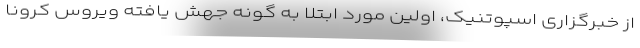
از خبرگزاری اسپوتنیک، اولین مورد ابتلا به گونه جهش یافته ویروس کرونا